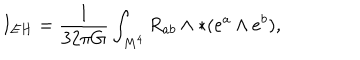
LaTeX: I _ { E H } = \frac { 1 } { 3 2 \pi G } \int _ { M ^ { 4 } } R _ { a b } \wedge \ast ( e ^ { a } \wedge e ^ { b } ) ,